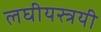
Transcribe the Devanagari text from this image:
लघीयस्त्रयी